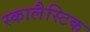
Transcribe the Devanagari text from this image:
स्कालैस्टिक